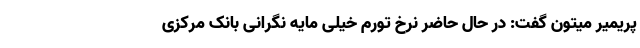
پریمیر میتون گفت: در حال حاضر نرخ تورم خیلی مایه نگرانی بانک مرکزی